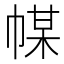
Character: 𢃱